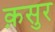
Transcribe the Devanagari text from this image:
क़सुर